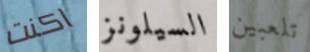
اكنت السيلونز تلعبين